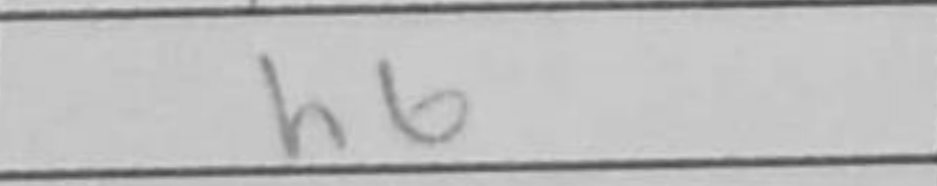
Transcription: h6